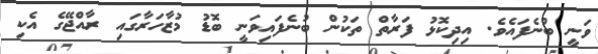
ވަނީ ބުނެފައެވެ. އިދިކޮޅު ފަރާތް ތަކުން ބުނެފައިވަނީ ބޮޑު މުޒާހަރާގައި ރާއްޖޭގެ އެކި